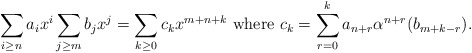
\begin{align*}\sum_{i \geq n}a_i x^i \sum_{j \geq m}b_j x^j = \sum_{k \geq 0}c_k x^{m+n+k} \textrm{ where }c_k = \sum_{r =0}^k a_{n+r}\alpha^{n+r}(b_{m+k-r}).\end{align*}